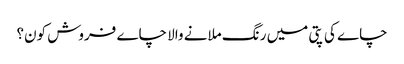
چاے کی پتی میں رنگ ملانے والا چاے فروش کون؟